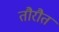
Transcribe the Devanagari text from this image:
तौरौत